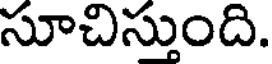
సూచిస్తుంది.